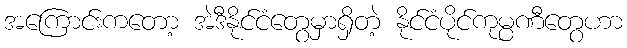
အကြောင်းကတော့ အဲဒီနိုင်ငံတွေမှာရှိတဲ့ နိုင်ငံပိုင်ကုမ္ပဏီတွေဟာ